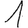
Digit: 1